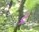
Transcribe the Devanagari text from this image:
व्र